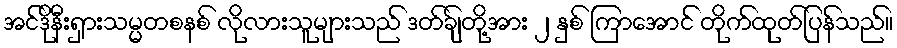
အင်ဒိုနီးရှားသမ္မတစနစ် လိုလားသူများသည် ဒတ်ချ်တို့အား ၂ နှစ် ကြာအောင် တိုက်ထုတ်ပြန်သည်။